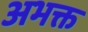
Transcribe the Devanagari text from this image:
अभक्त